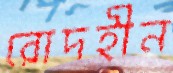
রোদহীন